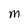
Character: M